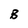
Character: B